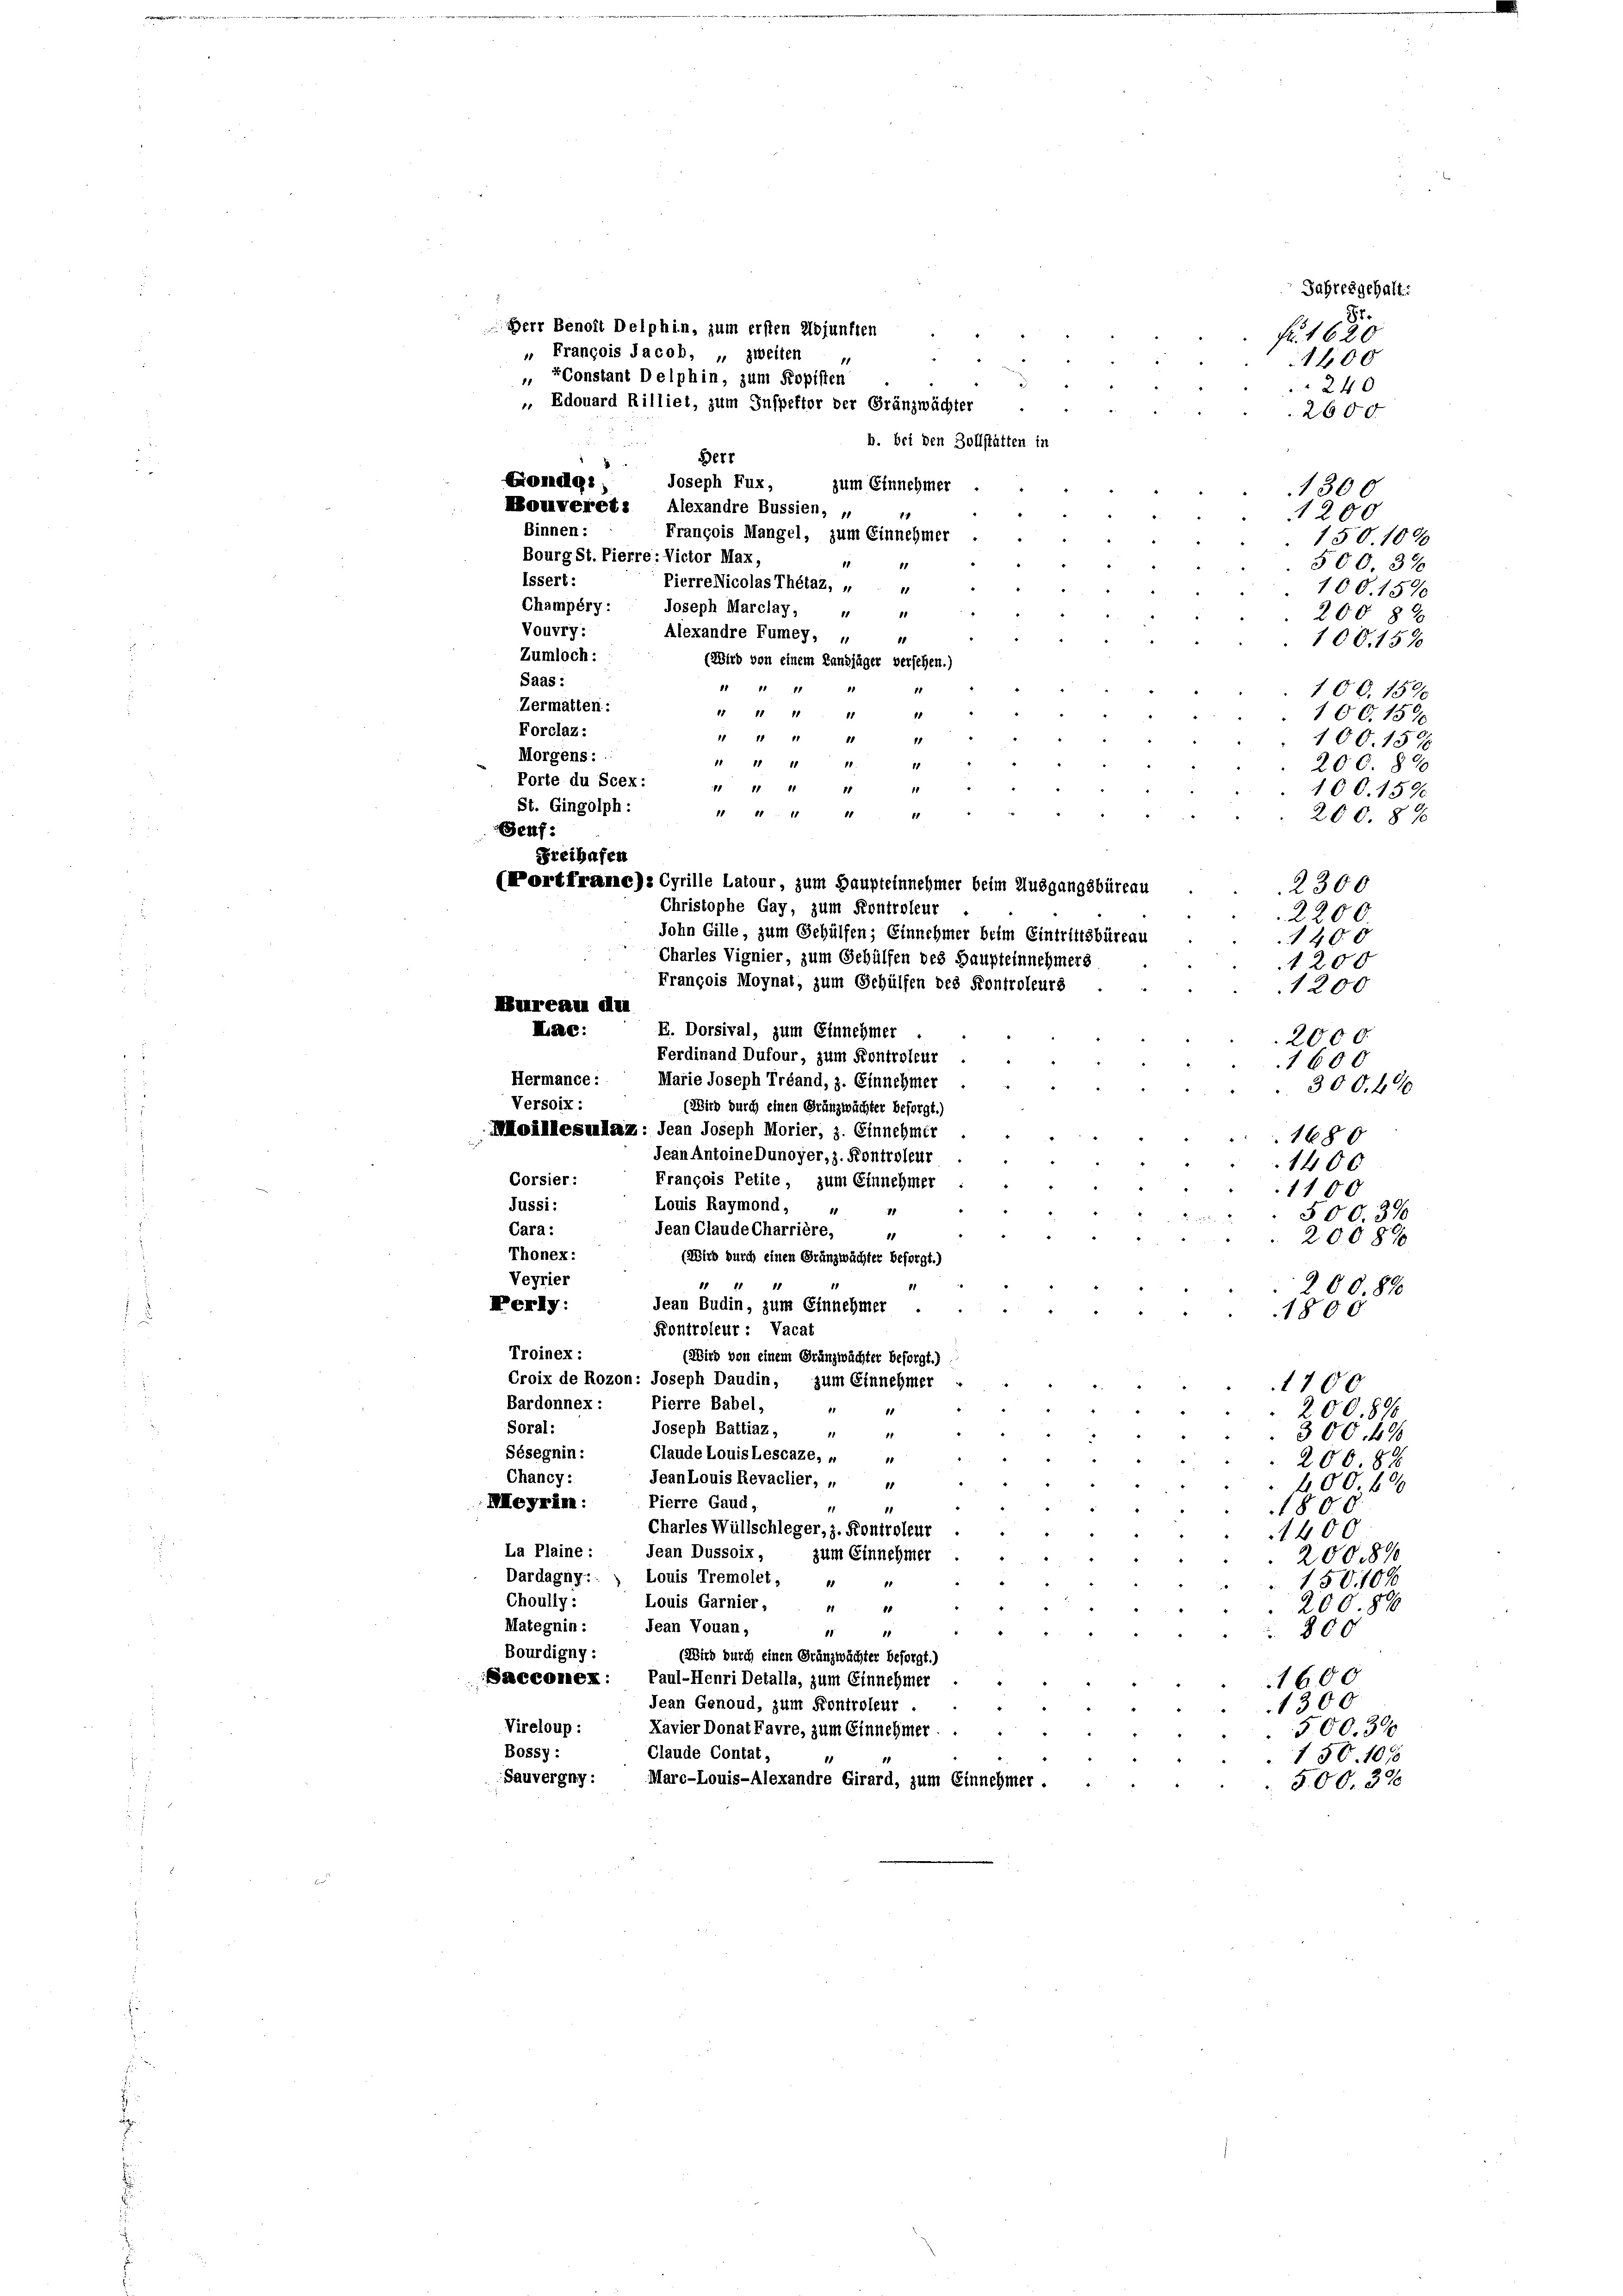
Herr Benoit Delphin, zum ersten Adjunften
„ François Jacob, „ zweiten
 FConstant Delphin, zum Kopisten
 Edouard Rilliet, zum Inspektor der Gränzwächter
u
§677
Fondgi,
Joseph Fux,
zum Einnehmer
Mouveret. Alexandre Bussien, u
Binnen:
François Mangel, zum Einnehmer
Bourg St. Pierre: Victor Max,

87.
fr. 1620
240
2600
b. bei den Zollstätten in
1300
1200
150. 10
560. 37.
issert:
Pierre Nicolas Thétaz, „ „
100. 154
Champéry:
2008
Vouvry:
100. 152
Zumloch:
Saas:
18
100. 15.
Zermatten:
11 11 11
11
11
100. 15.
Forclaz:
1 11 11
11
18
100. 15
11 11 11 1
11
200. 8
1 11 11 11
11
100. 15
200. 8
(Portfranc): Cyrille Latour, zum Haupteinnehmer beim Ausgangsbüreau
2300
2200
1400
Charles Vignier, zum Gehülfen des Haupteinnehmers
1200
François Moynat, zum Gehülfen des Kontroleurs
1200
Bureau allen
E. Dorsival, zum Einnehmer
Lac:
2000.
Ferdinand Dufour, zum Kontroleur
1600
Hermance:
Marie Joseph Tréand, z. Einnehmer
300. 40
Versoix:
(Wird durch einen Gränzwächter besorgt.)
Moillesunlaz: Jean Joseph Morier, z. Einnehmer
1680
Jean Antoine Dunoyer, z. Kontroleur
1400
Corsier:
François Petite, zum Einnehmer
1100
Jussi:
Louis Raymond, u
11
500. 370
Jean Claude Charrière,
Cara:
11
2008
Thonex:
(Wird durch einen Gränzwächter besorgt.)
Veyrier
11 11
1
200.890
Perly:
Jean Budin, zum Einnehmer
1800
Kontroleur: Vacat
Troinex:
(Wird von einem Gränzwächter besorgt.)
Croix de Rozon: Joseph Daudin, zum Einnehmer
1100
Bardonnex :
Pierre Babel,
200.890
Soral:
Joseph Battiaz,
1
300. 400
Sésegnin:
Claude Louis Lescaze, „ „
200.88
Chancy:
Jean Louis Revaclier, „
11
400 f 30
Pierre Gaud.
Meyrin:
11
1806
Charles Wüllschleger, z. Kontroleur
1400
La Plaine:
Jean Dussoix, zum Einnehmer
200589
Dardagny.. » Louis Tremolet, " "
150. 400
Choully:
Louis Garnier. 4
200. 890
10
Mategnin:
Jean Vouan,
18
800
1
Bourdigny:
(Wird durch einen Gränzwächter besorgt.)
Sacconex: Paul-Henri Detalla, zum Einnehmer
1600
Jean Genoud, zum Fontroleur
1300
Vireloup:
Kavier Donat Favre, zum Einnehmer.
500. 39
Bossy:
Claude Contat,
150. 107
Sauvergny:
Marc-Louis-Alexandre Girard, zum Einnehmer
500. 306

1111. 11 11 ff
Beuf:
Freihafen
Christophe Gay, zum Kontroleur

Morgens:
Porte du Scex:
St. Gingolph:

Joseph Marclay, " "
Alexandre Fumey, u
(Wird von einem Landjäger versehen.)
11 11 11

John Gille, zum Gehülfen; Einnehmer beim Eintrittsbüreau

hresgehalt:

1400